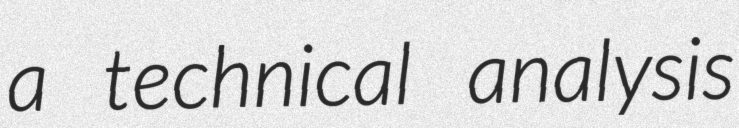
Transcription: a technical analysis